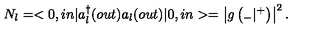
N _ { l } = < 0 , i n | a _ { l } ^ { \dagger } ( o u t ) a _ { l } ( o u t ) | 0 , i n > = \left| g \left( { } _ { - } | { } ^ { + } \right) \right| ^ { 2 } .